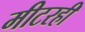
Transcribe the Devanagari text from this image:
मीटरही